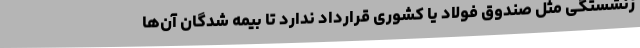
زنشستگی مثل صندوق فولاد یا کشوری قرارداد ندارد تا بیمه شدگان آن‌ها